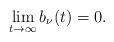
LaTeX: \begin{align*} \lim_{t\to\infty}b_{\nu}(t)=0.\end{align*}